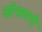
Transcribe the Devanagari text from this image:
जोसमनी